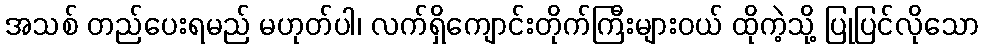
အသစ် တည်ပေးရမည် မဟုတ်ပါ၊ လက်ရှိကျောင်းတိုက်ကြီးများဝယ် ထိုကဲ့သို့ ပြုပြင်လိုသော